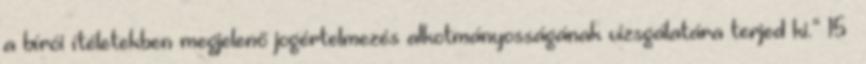
a bírói ítéletekben megjelenő jogértelmezés alkotmányosságának vizsgálatára terjed ki.” 15